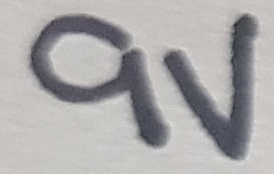
Text: 9V